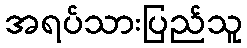
အရပ်သားပြည်သူ